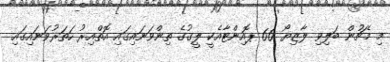
މި މެޗުން ބަލިވި ލާޒިޔޯ 66 ޕޮއިންޓާއެކީ ލީގުގެ ތިންވަނައިގައި އޮތްއިރު ހަަތަރުވަނައިގައި